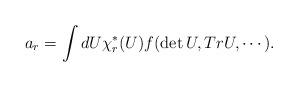
\begin{align*}a_r = \int dU \chi_r^* (U) f (\det U, Tr U, \cdots).\end{align*}